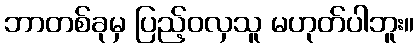
ဘာတစ်ခုမှ ပြည့်ဝလှသူ မဟုတ်ပါဘူး။